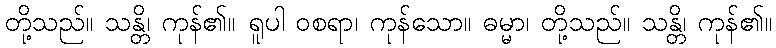
တို့သည်။ သန္တိ၊ ကုန်၏။ ရူပါ ဝစရာ၊ ကုန်သော။ ဓမ္မာ၊ တို့သည်။ သန္တိ၊ ကုန်၏။